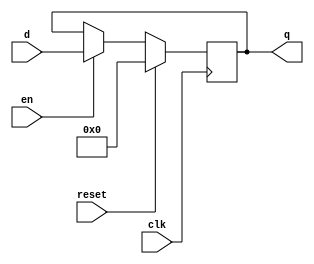
`timescale 1ns / 1ps
//////////////////////////////////////////////////////////////////////////////////
// Company: 
// Engineer: 
// 
// Design Name: 
// Module Name: flopenr
// Project Name: 
// Target Devices: 
// Tool Versions: 
// Description: 
// 
// Dependencies: 
// 
// Revision:
// Revision 0.01 - File Created
// Additional Comments:
// 
//////////////////////////////////////////////////////////////////////////////////

//enabled & resettable flip-flop
module flopenr #(parameter WIDTH=8)
    (
    input clk,reset,
    input en,
    input [WIDTH-1:0] d,
    output reg [WIDTH-1:0] q
    );
    
    always@(posedge clk)
    if(reset)
        q<=0;//reset
    else
        if(en)
            q<=d;//load
        else
            q<=q;//not changed
    
endmodule